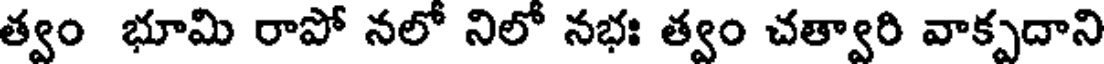
త్వం భూమి రాపో నలో నిలో నభః త్వం చత్వారి వాక్పదాని